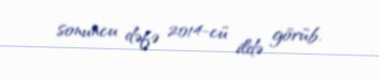
sonuncu dəfə 2014-cü ildə görüb.